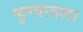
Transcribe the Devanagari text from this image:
फुग्यातला